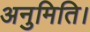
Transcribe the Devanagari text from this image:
अनुमिति।